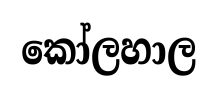
කෝලහාල